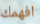
افهمك